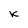
Character: K